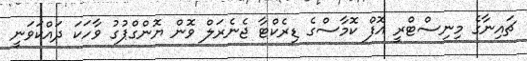
ޗައިނާގެ މިނިސްޓްރީ އޮފް ކޮމާސްގެ ޑިރެކްޓާ ޖެނެރަލް ވޮން ޔޮންގްޕުގު ވާހަކަ ދައްކަވަނީ